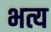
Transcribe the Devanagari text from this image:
भत्य